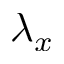
\lambda _ { x }